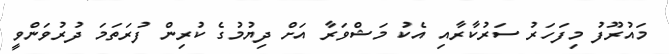
މައުރޫފު މިފަހަރު ސަރުކާރާއި އެކު މަޝްވަރާ އަށް ދިޔުމުގެ ކުރިން ފުރަތަމަ ދުރުވަންވީ